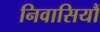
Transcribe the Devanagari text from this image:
निवासियौं